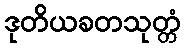
ဒုတိယခတသုတ္တံ